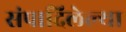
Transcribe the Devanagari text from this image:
संपादिलेल्या